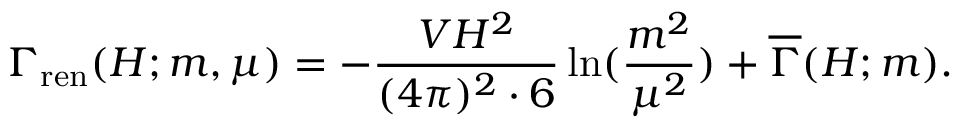
\Gamma _ { \mathrm { r e n } } ( H ; m , \mu ) = - { \frac { V H ^ { 2 } } { ( 4 \pi ) ^ { 2 } \cdot 6 } } \ln ( { \frac { m ^ { 2 } } { \mu ^ { 2 } } } ) + \overline { { { \Gamma } } } ( H ; m ) .